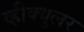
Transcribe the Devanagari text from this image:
व्हीक्युलर